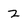
Character: 2